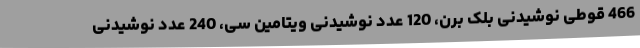
466 قوطی نوشیدنی بلک برن، 120 عدد نوشیدنی ویتامین سی، 240 عدد نوشیدنی